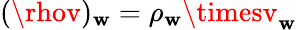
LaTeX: (\rhov)_{\mathbf{w}}=\rho_{\mathbf{w}}\timesv_{\mathbf{w}}